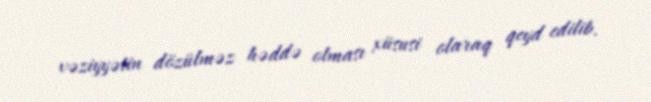
vəziyyətin dözülməz həddə olması xüsusi olaraq qeyd edilib.